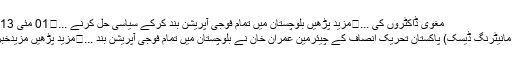
مغوی ڈاکٹروں کی ...	مزید پڑھیں بلوچستان میں تمام فوجی آپریشن بند کرکے سیاسی حل کرنے ...	01 مئی 2013 (15:22)
لورالائی،سبی(مانیٹرنگ ڈیسک) پاکستان تحریک انصاف کے چیئرمین عمران خان نے بلوچستان میں تمام فوجی آپریشن بند ...	مزید پڑھیں مزیدخبریں واپس اوپر